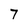
Character: 7